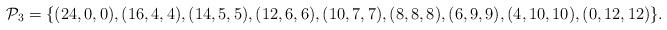
LaTeX: \begin{align*}\mathcal{P}_{3}=\{(24,0,0),(16,4,4),(14,5,5),(12,6,6),(10,7,7),(8,8,8),(6,9,9),(4,10,10),(0,12,12)\}.\end{align*}